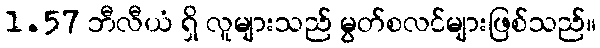
1.57 ဘီလီယံ ရှိ လူများသည် မွတ်စလင်များဖြစ်သည်။